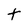
Character: t